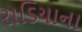
રાડિયાના